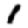
Digit: 1